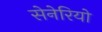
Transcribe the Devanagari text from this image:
सेनेरियो